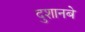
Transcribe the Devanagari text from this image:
दुशानबे